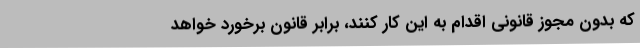
که بدون مجوز قانونی اقدام به این کار کنند، برابر قانون برخورد خواهد